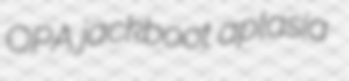
OPA jackboot aplasia